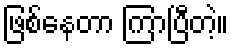
ဖြစ်နေတာ ကြာပြီတဲ့။